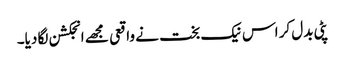
پٹی بدل کر اس نیک بخت نے واقعی مجھے انجکشن لگا دیا۔